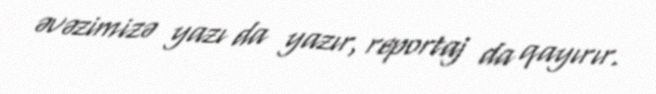
əvəzimizə yazı da yazır, reportaj da qayırır.